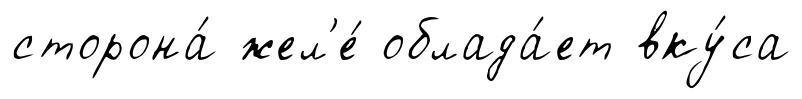
сторона́ жел'е́ облада́ет вку́са